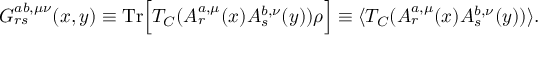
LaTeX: G _ { r s } ^ { a b , \mu \nu } ( x , y ) \equiv \mathrm { T r } \Bigl [ T _ { C } ( A _ { r } ^ { a , \mu } ( x ) A _ { s } ^ { b , \nu } ( y ) ) \rho \Bigr ] \equiv \langle T _ { C } ( A _ { r } ^ { a , \mu } ( x ) A _ { s } ^ { b , \nu } ( y ) ) \rangle .